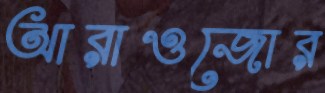
আরাওজোর